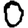
Digit: 0